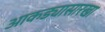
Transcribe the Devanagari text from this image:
आकड्यासारखा